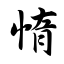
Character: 惰